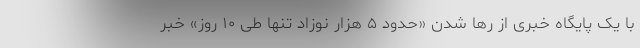
با یک پایگاه خبری از رها شدن «حدود ۵ هزار نوزاد تنها طی ۱۰ روز» خبر